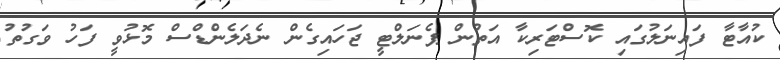
ކުއާޓާ ފައިނަލުގައި ކޮސްޓަރިކާ އަތުން ޕެނަލްޓީ ޖަހައިގެން ނެދަލެންޑްސް މޮޅުވީ ފަހު ވަގުތު